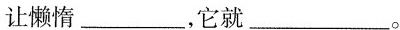
让懒惰___，它就___。